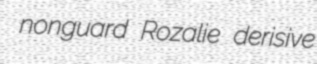
nonguard Rozalie derisive